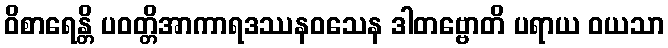
ဝိစာရေန္တိ ပဝတ္တိအာကာရဒဿနဝသေန ဒါတဗ္ဗောတိ ပရာယ ဝယသာ